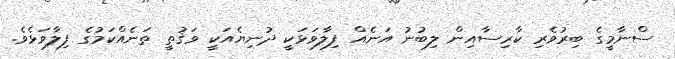
ސްނާމީގެ ބިރުވެރި ކާރިސާއިން ލިބުނު އަނެއް ފިލާވަޅަކީ ދުނިޔެއަކީ ވަޤުތީ ތަނެއްކަމުގެ ފިލާވަޅެވެ.